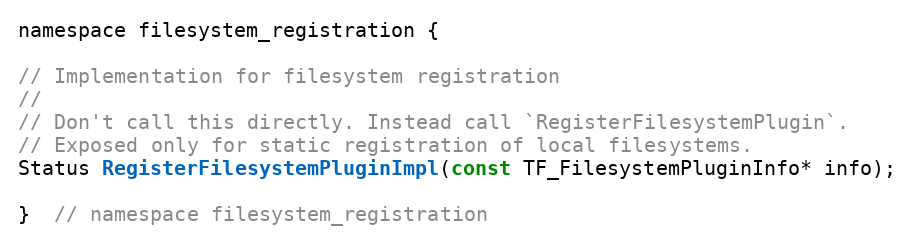
Language: C
namespace filesystem_registration {

// Implementation for filesystem registration
//
// Don't call this directly. Instead call `RegisterFilesystemPlugin`.
// Exposed only for static registration of local filesystems.
Status RegisterFilesystemPluginImpl(const TF_FilesystemPluginInfo* info);

}  // namespace filesystem_registration